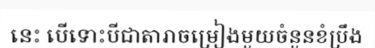
នេះ បើទោះបីជាតារាចម្រៀងមួយចំនួនខំប្រឹង